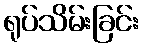
ရုပ်သိမ်းခြင်း